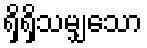
ရှိရှိသမျှသော